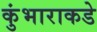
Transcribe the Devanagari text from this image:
कुंभाराकडे